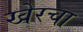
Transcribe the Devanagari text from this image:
खेरचा